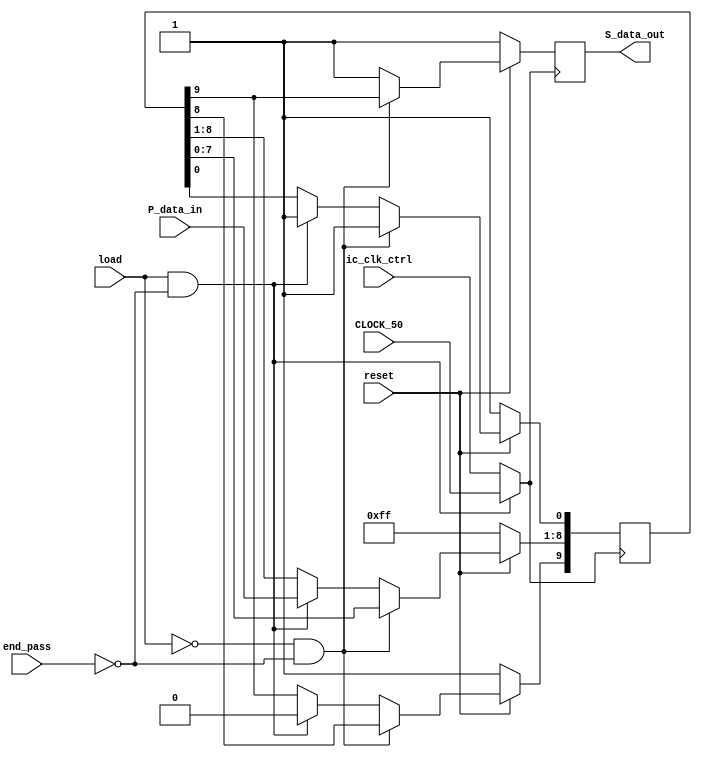
module P2S_SR (S_data_out, reset, ic_clk_ctrl, CLOCK_50, P_data_in, load, end_pass);
	output reg S_data_out;
	input reset, ic_clk_ctrl, CLOCK_50, load, end_pass;
	input [7:0] P_data_in;
	
	initial S_data_out = 1'b1;
	initial buffer = 10'b1111111111;
	reg clk, sel;
	reg [9:0] buffer;
	always@(*)
	if(1'b1 == load & 1'b0 == end_pass) begin
		//buffer = {1'b0, P_data_in, 1'b1};
		clk = CLOCK_50;
		//sel = 1'b0; // load data to the shiftregister
	end
	else if(1'b0 == load & 1'b0 == end_pass) begin
		//buffer = buffer;
		clk = ic_clk_ctrl;
		//sel = 1'b1; // start shifting data seirally out
	end
	else begin
		//p_buffer = 10'b1111111111;
		clk = ic_clk_ctrl;
		//sel = 1'b0;
	end
	
	always@(negedge clk)
	if(reset) begin
		if(1'b0 == load & 1'b0 == end_pass) begin
		
		buffer <= {buffer[8:0], 1'b1};
		S_data_out <= buffer[9];
		//buffer[0] = 1'b1;
		end
		else if(1'b1 == load & 1'b0 == end_pass) begin
		buffer[0] <= 1'b1;
		buffer[8:1] <= P_data_in;
		buffer[9] <= 1'b0;
		//buffer <= {1'b0, P_data_in, 1'b1};
		S_data_out <= 1'b1;
		end
		else begin
		buffer <= buffer;
		S_data_out <= 1'b1;
		end
	end
	else begin
		buffer <= 10'b1111111111;
		S_data_out <= 1'b1;
	end
endmodule